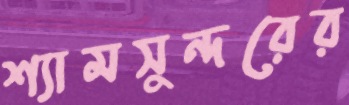
শ্যামসুন্দরের